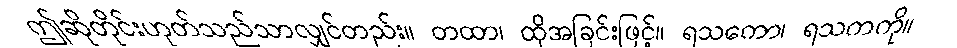
ဤဆိုတိုင်းဟုတ်သည်သာလျှင်တည်း။ တထာ၊ ထိုအခြင်းဖြင့်။ ရသကော၊ ရသကကို။